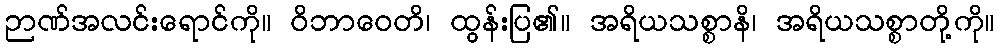
ဉာဏ်အလင်းရောင်ကို။ ဝိဘာဝေတိ၊ ထွန်းပြ၏။ အရိယသစ္စာနိ၊ အရိယသစ္စာတို့ကို။